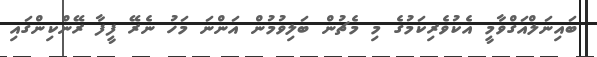
ބައިނަލްއަގްވާމީ އެކުވެރިކަމުގެ މި މެޗުން ބަލިވުމުން އަންނަ މަހު ނެރޭ ފީފާ ރޭންކިންގައި